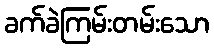
ခက်ခဲကြမ်းတမ်းသော